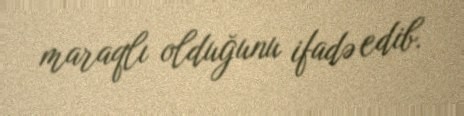
maraqlı olduğunu ifadə edib.